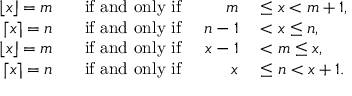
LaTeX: \begin{array} { r l r l } { \lfloor x \rfloor = m } & { { } \; \; { \mathrm { ~ i f ~ a n d ~ o n l y ~ i f ~ } } } & { m } & { { } \leq x < m + 1 , } \\ { \lceil x \rceil = n } & { { } \; \; { \mathrm { ~ i f ~ a n d ~ o n l y ~ i f ~ } } } & { n - 1 } & { { } < x \leq n , } \\ { \lfloor x \rfloor = m } & { { } \; \; { \mathrm { ~ i f ~ a n d ~ o n l y ~ i f ~ } } } & { x - 1 } & { { } < m \leq x , } \\ { \lceil x \rceil = n } & { { } \; \; { \mathrm { ~ i f ~ a n d ~ o n l y ~ i f ~ } } } & { x } & { { } \leq n < x + 1 . } \end{array}